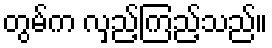
တွမ်က လှည့်ကြည့်သည်။